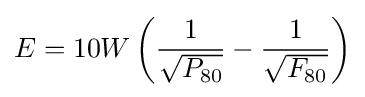
E=10W\left({\frac {1}{\sqrt {P_{80}}}}-{\frac {1}{\sqrt {F_{80}}}}\right)